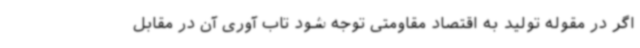
اگر در مقوله تولید به اقتصاد مقاومتی توجه شود تاب آوری آن در مقابل